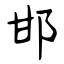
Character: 邯